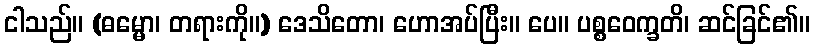
ငါသည်။ (ဓမ္မော၊ တရားကို။) ဒေသိတော၊ ဟောအပ်ပြီး။ ပေ။ ပစ္စဝေက္ခတိ၊ ဆင်ခြင်၏။